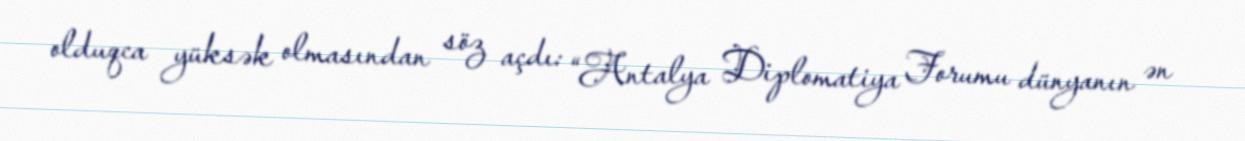
olduqca yüksək olmasından söz açdı: “Antalya Diplomatiya Forumu dünyanın ən